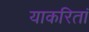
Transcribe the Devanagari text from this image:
याकरितां